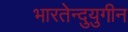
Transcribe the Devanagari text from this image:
भारतेन्दुयुगीन